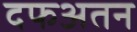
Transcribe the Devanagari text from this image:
दफअतन